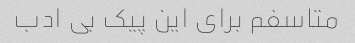
متاسفم برای این پیک بی ادب